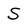
Character: S